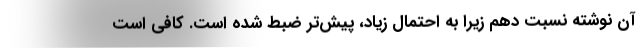
آن نوشته نسبت دهم زیرا به احتمال زیاد، پیش‌تر ضبط شده است. کافی است